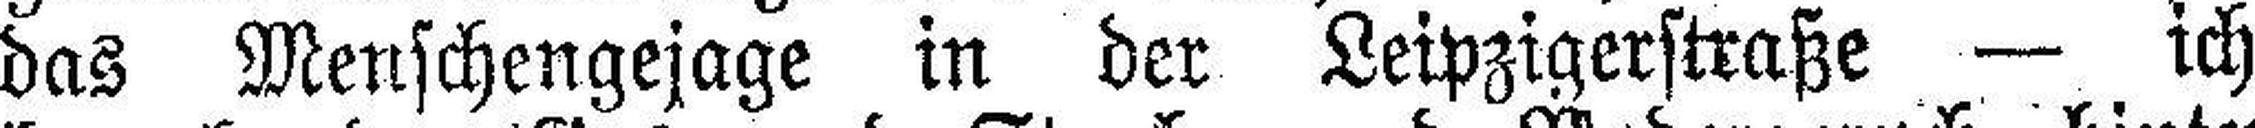
das Menschengejage in der Leipzigerstraße — ich